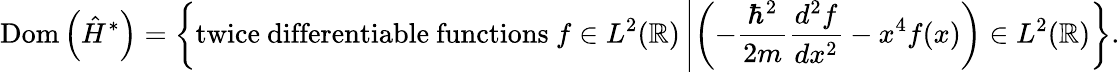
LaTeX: \operatorname{Dom}\left({\hat{H}}^{*}\right)=\left\{ {\mathrm{twice~differentiable~functions~}}f\in L^{2}(\mathbb{R})\left|\left(-{\frac{\hbar^{2}}{2m}}{\frac{d^{2}f}{dx^{2}}}-x^{4}f(x)\right)\in L^{2}(\mathbb{R})\right.\right\} .